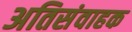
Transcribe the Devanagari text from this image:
अतिसंवाहक